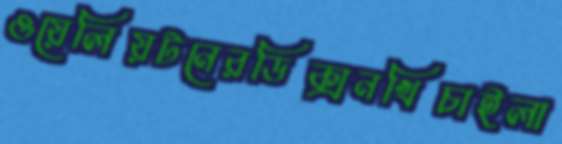
ওয়েলিয়টনেরডিক্সনখিচাইলা